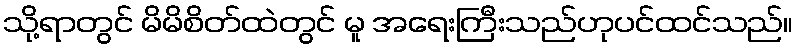
သို့ရာတွင် မိမိစိတ်ထဲတွင် မူ အရေးကြီးသည်ဟုပင်ထင်သည်။